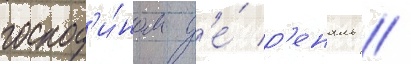
господ'и́ном д'е́ р'еналь //